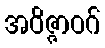
အဝိဇ္ဇာဝဂ်